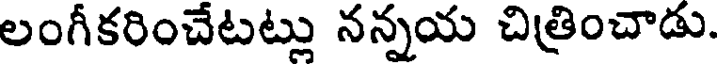
లంగీకరించేటట్లు నన్నయ చిత్రించాడు.